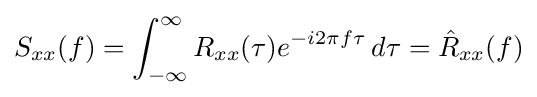
S_{xx}(f)=\int _{-\infty }^{\infty }R_{xx}(\tau )e^{-i2\pi f\tau }\,d\tau ={\hat {R}}_{xx}(f)